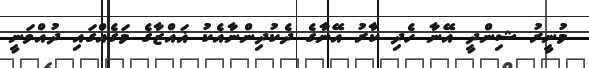
މުނީރު ޝިންދީ އޭނާ ހެދި ކާރު އޭނާގެ ދެކުދިންނާއެކު ޣައްޒާގެ މަގެއްގައި ދުއްވަނީ